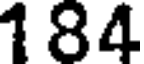
184